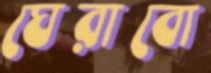
ঘেরাবো